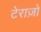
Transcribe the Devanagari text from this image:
टेराज़ो